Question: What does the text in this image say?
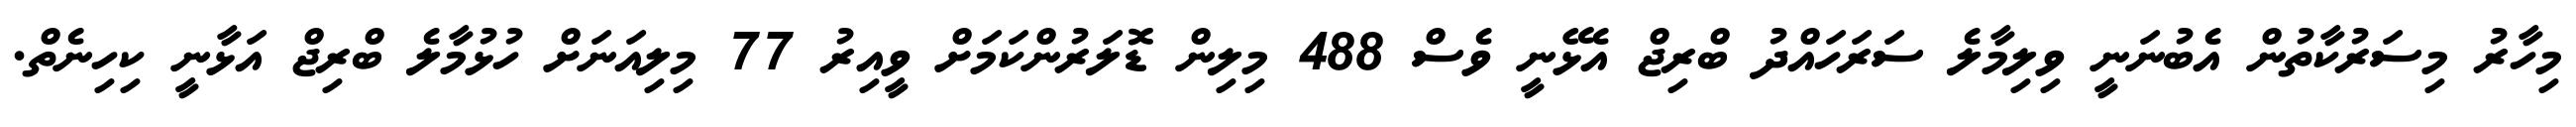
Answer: މިހާރު މިސަރުކާތުން އެބުނަނީ ވިލިމާލެ ސަރަހައްދު ބްރިޖް އެޅޭނީ ވެސް 488 މިލިން ޑޮލަރުންކަމަށް ވީއިރު 77 މިލިއަނަށް ހުޅުމާލެ ބްރިޖް އަޅާނީ ކިހިނެތް.